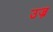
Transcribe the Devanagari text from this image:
उज्र